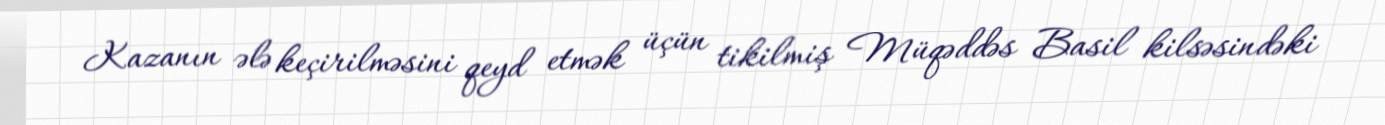
Kazanın ələ keçirilməsini qeyd etmək üçün tikilmiş Müqəddəs Basil kilsəsindəki